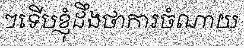
ៗទើបខ្ញុំដឹងថាការចំណាយ